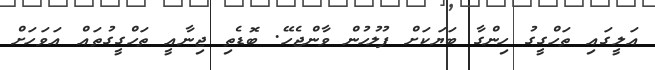
އަލީގައި ތަހްގީގު ހިންގާ ބަޔަކަށް ފުލުހުން ވާންޖެހޭ. ބޮޑެތި ޖިނާއީ ތަހްގީގުތައް އަވަހަށް